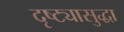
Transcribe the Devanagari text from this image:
दृष्ट्यासुद्धा